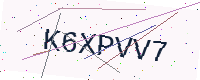
Text: K6XPVV7